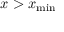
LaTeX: x > x _ { \mathrm { m i n } }